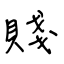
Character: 賤